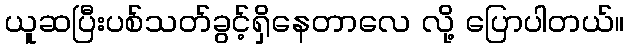
ယူဆပြီးပစ်သတ်ခွင့်ရှိနေတာလေ လို့ ပြောပါတယ်။